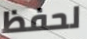
لحفظ